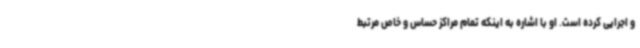
و اجرایی کرده است. او با اشاره به اینکه تمام مراکز حساس و خاص مرتبط